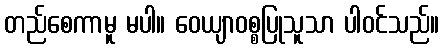
တည်စေကာမူ မပါ။ ဝေယျာဝစ္စပြုသူသာ ပါဝင်သည်။